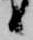
候